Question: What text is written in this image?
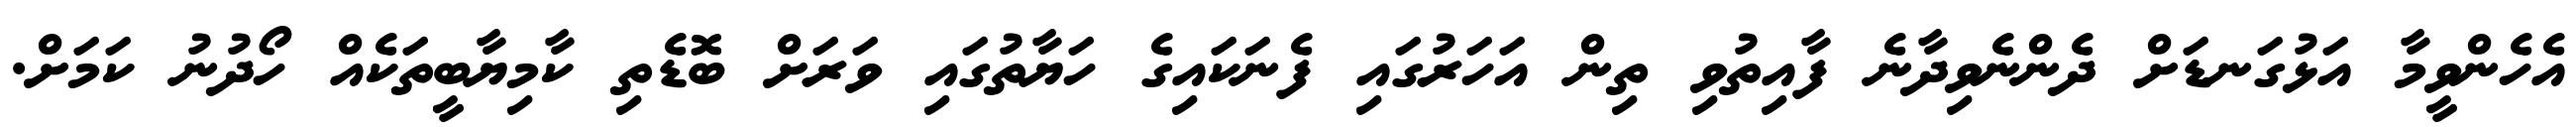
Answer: އެހެންވީމާ އަޅުގަނޑަށް ދެންނެވިދާނެ ފާއިތުވި ތިން އަހަރުގައި ފެނަކައިގެ ހަޔާތުގައި ވަރަށް ބޮޑެތި ކާމިޔާބީތަކެއް ހޯދުނު ކަމަށް.